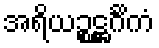
အရိယဉ္စဋ္ဌင်္ဂိကံ